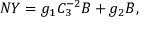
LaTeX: N Y = g _ { 1 } C _ { 3 } ^ { - 2 } B + g _ { 2 } B ,